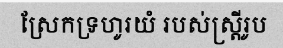
ស្រែកទ្រហូរយំ របស់ស្ត្រីរូប